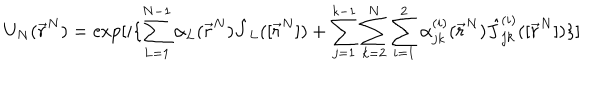
U _ { N } ( \vec { r } ^ { N } ) = \mathrm { e x p } [ i \{ \sum _ { L = 1 } ^ { N - 1 } \alpha _ { L } ( \vec { r } ^ { N } ) \hat { J } _ { L } ( [ \vec { r } ^ { N } ] ) + \sum _ { j = 1 } ^ { k - 1 } \sum _ { k = 2 } ^ { N } \sum _ { i = 1 } ^ { 2 } \alpha _ { j k } ^ { ( i ) } ( \vec { r } ^ { N } ) \hat { J } _ { j k } ^ { ( i ) } ( [ \vec { r } ^ { N } ] ) \} ]